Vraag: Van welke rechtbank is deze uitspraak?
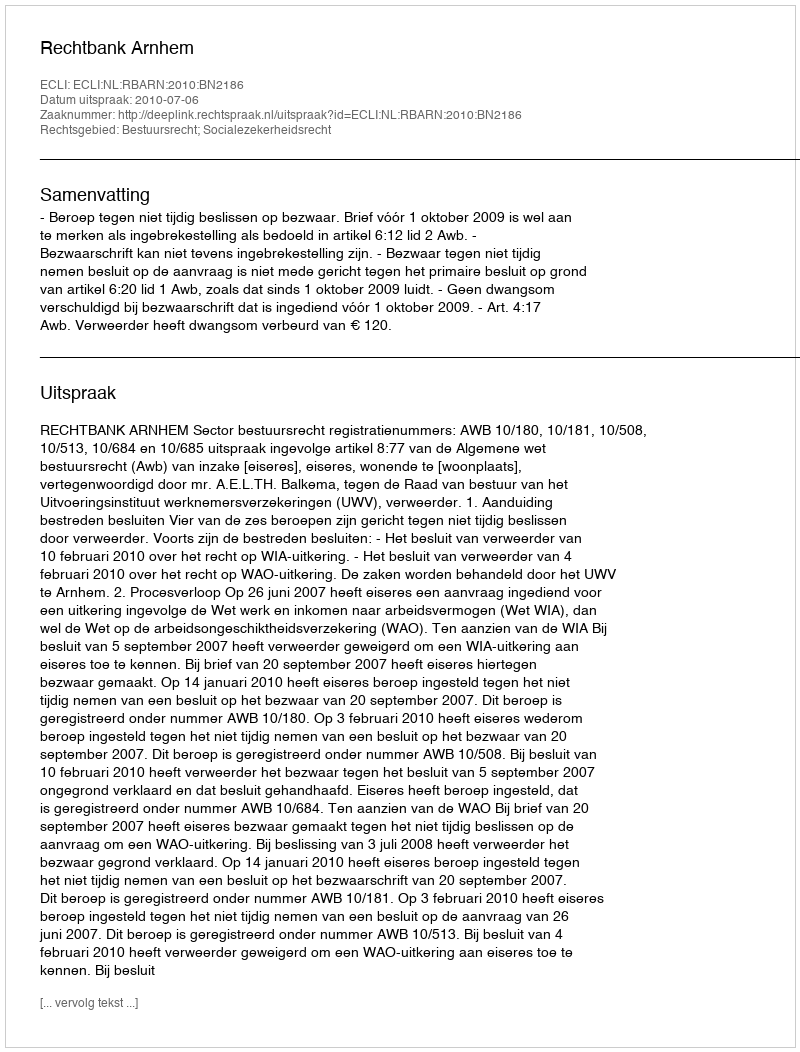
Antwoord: Rechtbank Arnhem